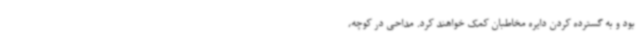
بود و به گسترده کردن دایره‌ مخاطبان کمک خواهند کرد. مداحی در کوچه‌،